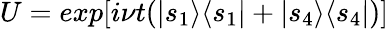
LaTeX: U=exp[i\nu t(|s_{1}\rangle\langle s_{1}|+|s_{4}\rangle\langle s_{4}|)]